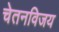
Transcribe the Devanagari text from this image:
चेतनविजय